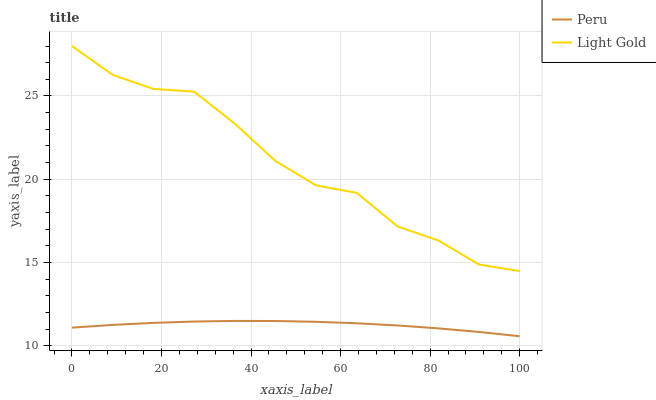
| xaxis_label | Peru | Light Gold |
 | --- | --- | --- |
 | 0 | 11.1 | 28 |
 | 9.09 | 11.2 | 26.3 |
 | 18.2 | 11.4 | 25.4 |
 | 27.3 | 11.4 | 25.3 |
 | 36.4 | 11.5 | 23.3 |
 | 45.5 | 11.5 | 21.1 |
 | 54.5 | 11.4 | 19.6 |
 | 63.6 | 11.3 | 19.2 |
 | 72.7 | 11.2 | 17.2 |
 | 81.8 | 11 | 16.3 |
 | 90.9 | 10.8 | 14.9 |
 | 100 | 10.6 | 14.5 |